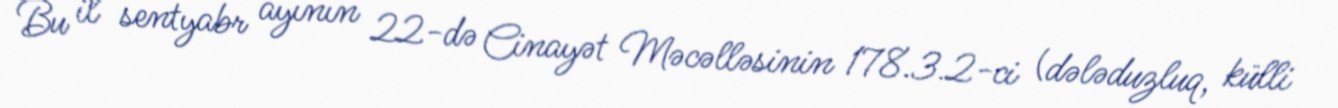
Bu il sentyabr ayının 22-də Cinayət Məcəlləsinin 178.3.2-ci (dələduzluq, külli